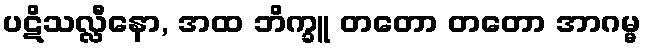
ပဋိသလ္လီနော, အထ ဘိက္ခူ တတော တတော အာဂမ္မ